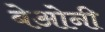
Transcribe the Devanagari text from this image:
बेओनी